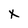
Character: X